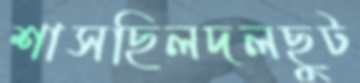
শাসছিলদলছুট